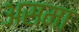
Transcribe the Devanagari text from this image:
असमा